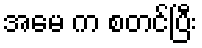
အမေ က စတင်ပြီး